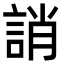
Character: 誚